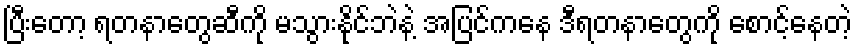
ပြီးတော့ ရတနာတွေဆီကို မသွားနိုင်ဘဲနဲ့ အပြင်ကနေ ဒီရတနာတွေကို စောင့်နေတဲ့